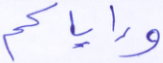
وإياكم